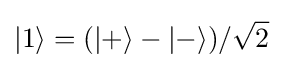
|1\rangle =(|+\rangle -|-\rangle )/{\sqrt {2}}